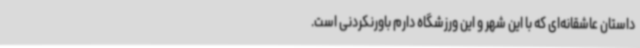
داستان عاشقانه‌ای که با این شهر و این ورزشگاه دارم باورنکردنی است.